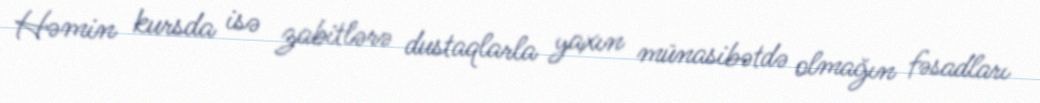
Həmin kursda isə zabitlərə dustaqlarla yaxın münasibətdə olmağın fəsadları